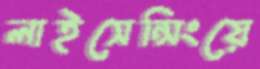
লাইসেন্সিংয়ে